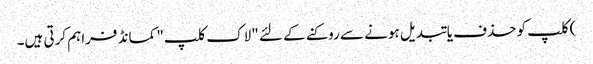
) کلپ کو حذف یا تبدیل ہونے سے روکنے کے لئے "لاک کلپ" کمانڈ فراہم کرتی ہیں۔